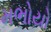
મભોયો